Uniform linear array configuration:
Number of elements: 8
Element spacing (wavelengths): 0.25
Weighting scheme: exponential
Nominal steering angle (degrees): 60
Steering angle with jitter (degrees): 61.087
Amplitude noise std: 0.05
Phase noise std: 0.05

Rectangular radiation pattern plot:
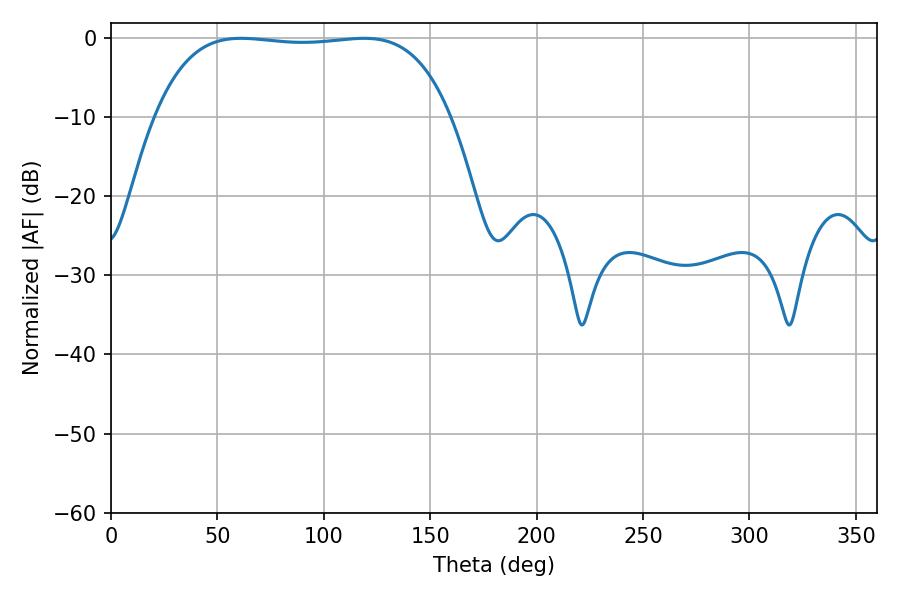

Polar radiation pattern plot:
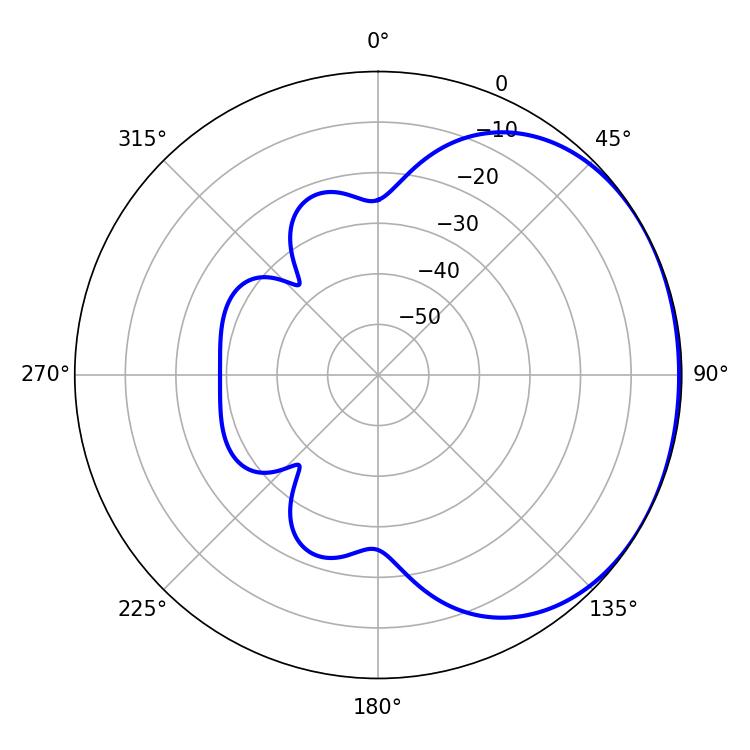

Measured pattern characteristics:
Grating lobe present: FALSE
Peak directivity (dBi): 1.114
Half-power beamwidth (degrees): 109.44
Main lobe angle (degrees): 61.02